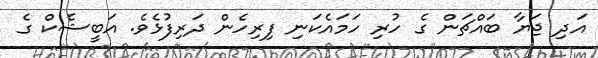
އަދި ޖަޔާ ބައްޗަން ގެ ހުރި ހަމައެކަނި ފިރިހެން ދަރިފުޅެވެ. އަބީޝެކް ގެ